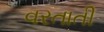
વરતાતી